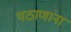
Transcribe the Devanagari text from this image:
पठाणांना